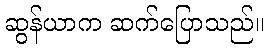
ဆွန်ယာက ဆက်ပြောသည်။